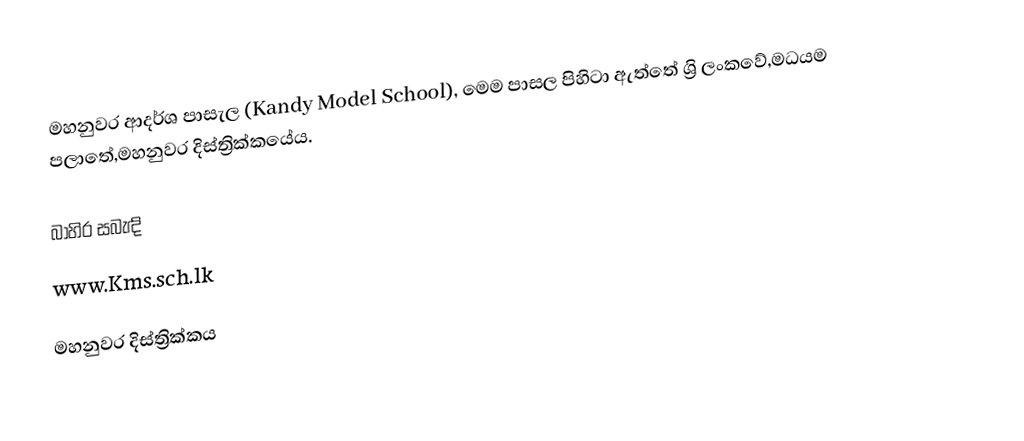
මහනුවර ආදර්ශ පාසැල (Kandy Model School), මෙම පාසල පිහිටා ඇත්තේ ශ්‍රි ලංකවේ,මධයම පලාතේ,මහනුවර දිස්ත්‍රික්කයේය.

බාහිර සබැඳි
 www.Kms.sch.lk

මහනුවර දිස්ත්‍රික්කය